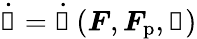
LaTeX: \dot{\boldsymbol{\upalpha}}=\dot{\boldsymbol{\upalpha}}\left(\boldsymbol{F},\boldsymbol{F}_{\mathrm{p}},\boldsymbol{\upalpha}\right)